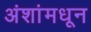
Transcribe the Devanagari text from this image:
अंशांमधून